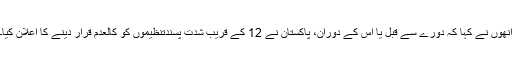
اُنھوں نے کہا کہ دورے سے قبل یا اِس کے دوران، پاکستان نے 12 کے قریب شدت پسندتنظیموں کو کالعدم قرار دینے کا اعلان کیا۔